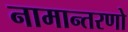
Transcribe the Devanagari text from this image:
नामान्तरणो